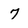
Character: 7